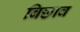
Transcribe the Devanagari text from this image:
बिछाव